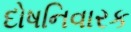
દોષનિવારક